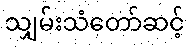
သျှမ်းသံတော်ဆင့်